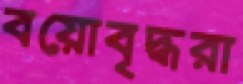
বয়োবৃদ্ধরা